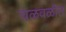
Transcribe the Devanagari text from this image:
चळवळीत